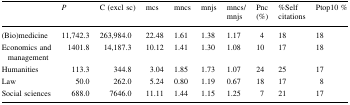
|  | P | C (excl sc) | mcs | mncs | mnjs | mncs/mnjs | Pnc (%) | %Self citations | Ptop10 % |
 | --- | --- | --- | --- | --- | --- | --- | --- | --- | --- |
 | (Bio)medicine | 11,742.3 | 263,984.0 | 22.48 | 1.61 | 1.38 | 1.17 | 4 | 18 | 18 |
 | Economics and management | 1401.8 | 14,187.3 | 10.12 | 1.41 | 1.30 | 1.08 | 10 | 17 | 18 |
 | Humanities | 113.3 | 344.8 | 3.04 | 1.85 | 1.73 | 1.07 | 24 | 25 | 17 |
 | Law | 50.0 | 262.0 | 5.24 | 0.80 | 1.19 | 0.67 | 18 | 17 | 8 |
 | Social sciences | 688.0 | 7646.0 | 11.11 | 1.44 | 1.15 | 1.25 | 7 | 21 | 17 |